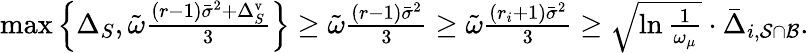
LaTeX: \begin{array}{r}{\operatorname*{max}\left\{ \Delta_{S},\tilde{\omega}\frac{(r-1)\bar{\sigma}^{2}+\Delta_{S}^{\mathrm{v}}}{3}\right\} \geq\tilde{\omega}\frac{(r-1)\bar{\sigma}^{2}}{3}\geq\tilde{\omega}\frac{(r_{i}+1)\bar{\sigma}^{2}}{3}\geq\sqrt{\ln\frac{1}{\omega_{\mu}}}\cdot\bar{\Delta}_{i,\mathcal{S}\cap\mathcal{B}}.}\end{array}